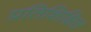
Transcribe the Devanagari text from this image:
प्रतिशिक्षित